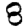
Digit: 8